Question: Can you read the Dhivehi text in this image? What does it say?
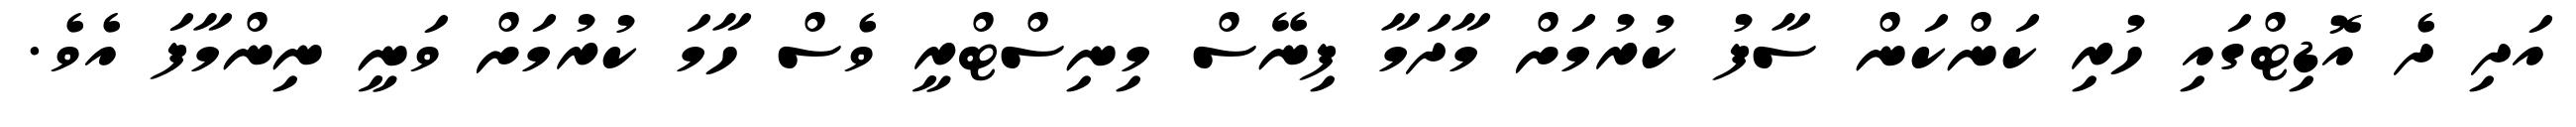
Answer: އަދި ދެ އޮޑިޓްގައި ހުރި ކަންކަން ސާފު ކުރުމަށް މާދަމާ ފިނޭސް މިނިސްޓްރީ ވެސް ހާމަ ކުރުމަށް ވަނީ ނިންމާފަ އެވެ.